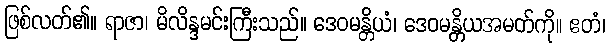
ဖြစ်လတ်၏။ ရာဇာ၊ မိလိန္ဒမင်းကြီးသည်။ ဒေဝမန္တိယံ၊ ဒေဝမန္တိယအမတ်ကို။ ဧတံ၊